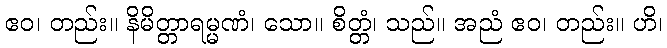
ဧဝ၊ တည်း။ နိမိတ္တာရမ္မဏံ၊ သော။ စိတ္တံ၊ သည်။ အညံ ဧဝ၊ တည်း။ ဟိ၊